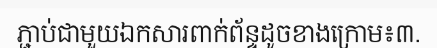
ភ្ជាប់ជាមួយឯកសារពាក់ព័ន្ទដូចខាងក្រោម៖៣.